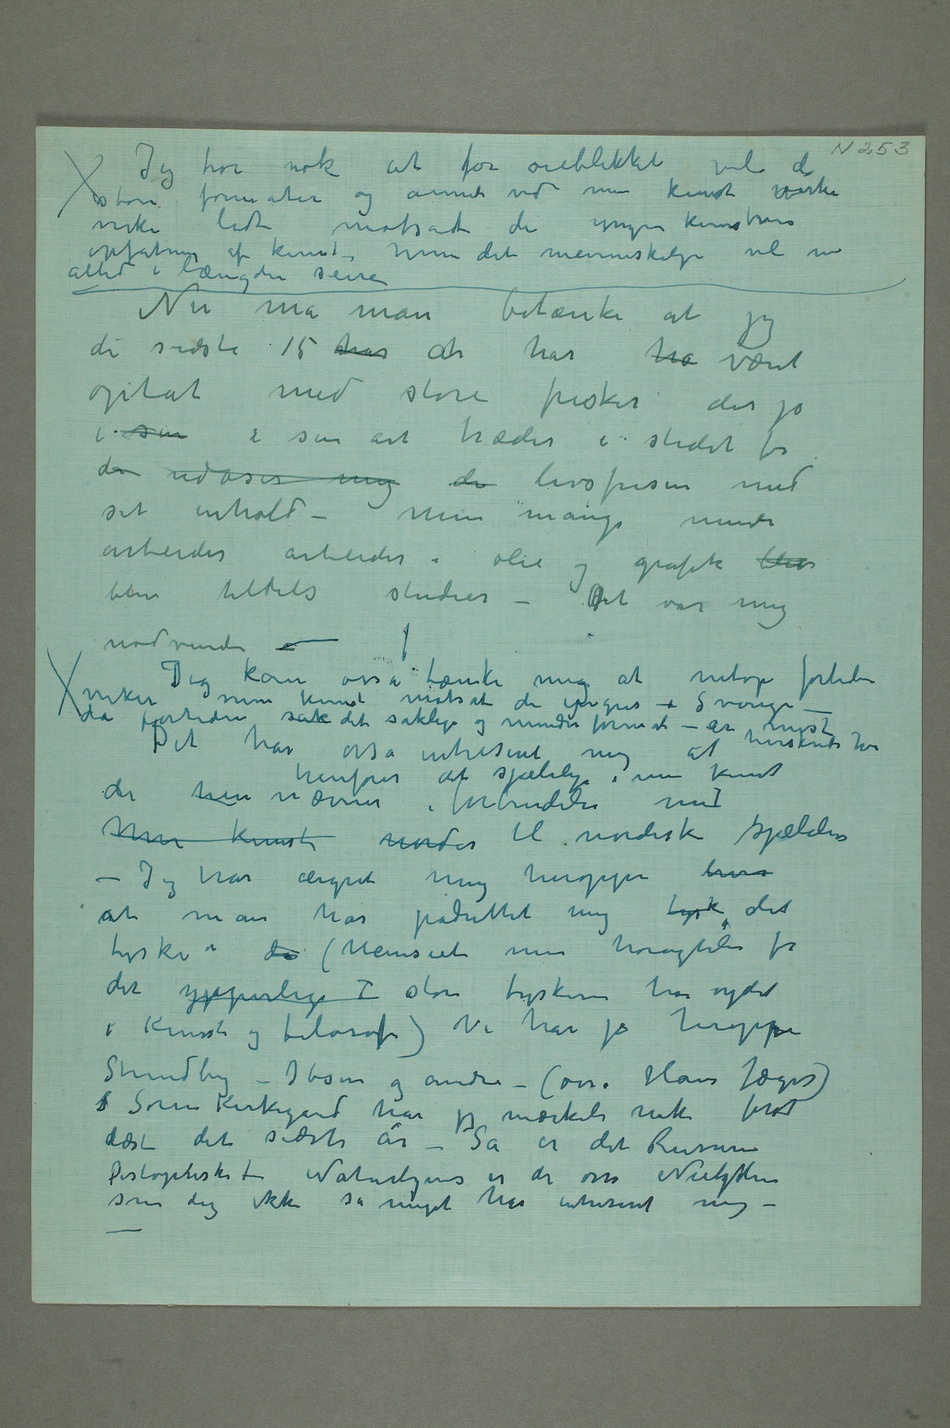
store formater og annet ved min kunst virke
virke lidt motsat de yngre kunstneres
di sidste 15 har år har ha været
optat med store fresker der jo
i sin i sin art træder i stedet for
de udøser mig de livsfrisen med
sit inhold – Men mange mindre
arbeider arbeider i olie og grafik blev
blev tildels studier – Det var mig nødvendi –
kan osså tænke mig at netop fortiden virker min kunst
Det har osså intreseret mig at
de hen nævner henfører det sjælelige i min kunst
i forbindelse med
Min kunst under til nordisk sjæleliv
– Jeg har ærgret mig heroppe hvor
at man har påduttet mig tysk «det
tyske» de (Uanseet min høiagtelse for
det ypperlige T store tyskere har ydet
i Kunst og filosofi) Vi har jo heroppe
Strindberg – Ibsen og andre – (osså Hans Jæger)
S Søren Kirkegaard har jeg mærkeli nok først
læst det sidste år – Så er det Ruserne
som dog ikke så meget har intreseret mig – –